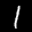
Label: 1